Report on vaccination in the Province of Bengal - 1869-1873
Year: 1869
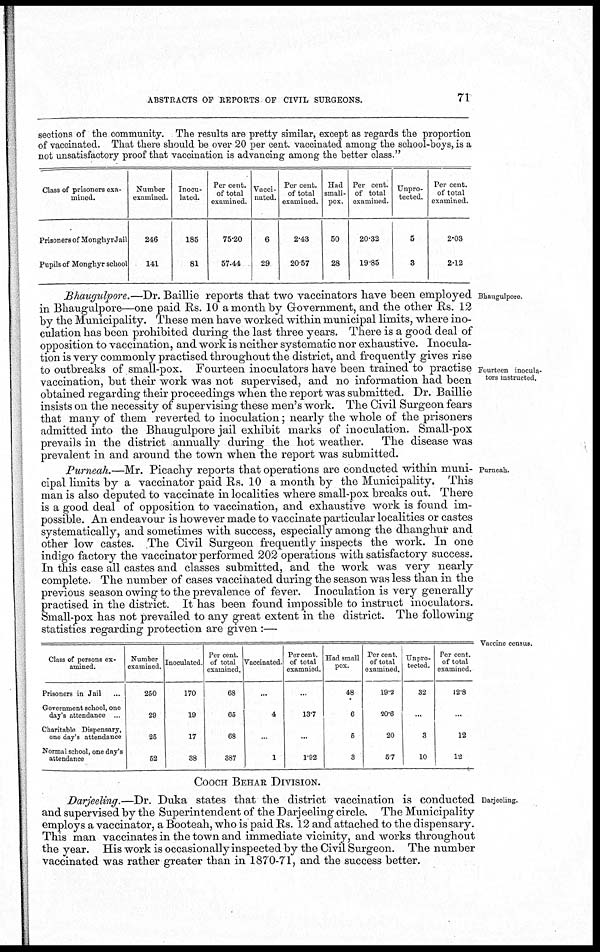
ABSTRACTS OF REPORTS OF CIVIL SURGEONS.
71
sections of the community. The results are pretty similar, except as regards the proportion
of vaccinated. That there should be over 20 per cent. vaccinated among the school-boys, is a
not unsatisfactory proof that vaccination is advancing among the better class."
Class of prisoners exa-
---ed.
Prisoners of MonghyrJail
Pupils of Monghyr school
Number
examined.
246
141
Inocu-
lated.
185
81
Per cent.
of total
examined.
75.20
57.44
Vacci-
nated.
6
29
Per cent.
of total
examined.
2.43
20.57
Had
small-
pox.
50
28
Per cent.
of total
examined.
20.32
19.85
Unpro-
tected.
5
3
Per cent.
of total
examined.
2.03
2.12
Bhaugulpore.
Fourteen inocula¬
tors instructed.
Bhaugulpore.—Dr. Baillie reports that two vaccinators have been employed
in Bhaugulpore—one paid Rs. 10 a month by Government, and the other Rs. 12
by the Municipality. These men have worked within municipal limits, where ino-
culation has been prohibited during the last three years. There is a good deal of
opposition to vaccination, and work is neither systematic nor exhaustive. Inocula-
tion is very commonly practised throughout the district, and frequently gives rise
to outbreaks of small-pox. Fourteen inoculators have been trained to practise
vaccination, but their work was not supervised, and no information had been
obtained regarding their proceedings when the report was submitted. Dr. Baillie
insists on the necessity of supervising these men's work. The Civil Surgeon fears
that many of them reverted to inoculation; nearly the whole of the prisoners
admitted into the Bhaugulpore jail exhibit marks of inoculation. Small-pox
prevails in the district annually during the hot weather. The disease was
prevalent in and around the town when the report was submitted.
Purneah.
Purneah.—Mr. Picachy reports that operations are conducted within muni-
cipal limits by a vaccinator paid Rs. 10 a month by the Municipality. This
man is also deputed to vaccinate in localities where small-pox breaks out. There
is a good deal of opposition to vaccination, and exhaustive work is found im-
possible. An endeavour is however made to vaccinate particular localities or castes
systematically, and sometimes with success, especially among the dhanghur and
other low castes. The Civil Surgeon frequently inspects the work. In one
indigo factory the vaccinator performed 202 operations with satisfactory success.
In this case all castes and classes submitted, and the work was very nearly
complete. The number of cases vaccinated during the season was less than in the
previous season owing to the prevalence of fever. Inoculation is very generally
practised in the district. It has been found impossible to instruct inoculators.
Small-pox has not prevailed to any great extent in the district. The following
statistics regarding protection are given :—
Vaccine census.
Class of persons ex-
amined.
Prisoners in Jail ...
Government school, one
day's attendance ...
Charitable Dispensary,
one day's attendance
Normal school, one day's
attendance
Number
examined.
250
29
25
52
Inoculated
170
19
17
38
Per cent.
of total
examined.
68
65
68
387
Vaccinated
...
4
...
1
Percent
of total
exammed.
...
13.7
...
1.92
Had small
pox.
48
6
5
3
Per cent.
of total
examined.
19.2
20.6
20
5.7
Unpro-
tected.
32
...
3
10
Per cent.
of total
examined.
12.8
12
12
COOCH BEHAR DIVISION.
Darjeeling.
Darjeeling.—Dr. Duka states that the district vaccination is conducted
and supervised by the Superintendent of the Darjeeling circle. The Municipality
employs a vaccinator, a Booteah, who is paid Rs. 12 and attached to the dispensary.
This man vaccinates in the town and immediate vicinity, and works throughout
the year. His work is occasionally inspected by the Civil Surgeon. The number
vaccinated was rather greater than in 1870-71, and the success better.